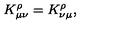
K _ { \mu \nu } ^ { \rho } = K _ { \nu \mu } ^ { \rho } ,